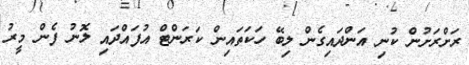
ރަށްރަށުން ކުނި އަންދައިގެން ލިބޭ ހަކަތައިން ކަރަންޓް އުފައްދައި ލޮނު ފެން މީރު